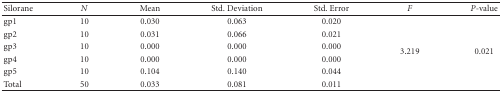
<table><thead><tr><td><b>Silorane</b></td><td><b><i>N</i></b></td><td><b>Mean</b></td><td><b>Std. Deviation</b></td><td><b>Std. Error</b></td><td><b><i>F</i></b></td><td><b><i>P</i>-value</b></td></tr></thead><tbody><tr><td>gp1</td><td>10</td><td>0.030</td><td>0.063</td><td>0.020</td><td rowspan="6">3.219</td><td rowspan="6">0.021</td></tr><tr><td>gp2</td><td>10</td><td>0.031</td><td>0.066</td><td>0.021</td></tr><tr><td>gp3</td><td>10</td><td>0.000</td><td>0.000</td><td>0.000</td></tr><tr><td>gp4</td><td>10</td><td>0.000</td><td>0.000</td><td>0.000</td></tr><tr><td>gp5</td><td>10</td><td>0.104</td><td>0.140</td><td>0.044</td></tr><tr><td>Total</td><td>50</td><td>0.033</td><td>0.081</td><td>0.011</td></tr></tbody></table>